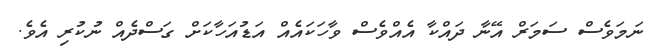
ނަމަވެސް ސަމަރް އޭނާ ދައްކާ އެއްވެސް ވާހަކައެއް އަޑުއަހާކަށް ގަސްދެއް ނުކުރި އެވެ.